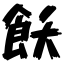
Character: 飫